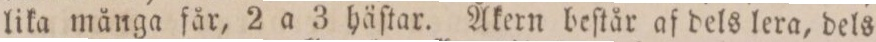
lika många får, 2 a 3 häſtar. Åkern beſtår af dels lera, dels